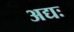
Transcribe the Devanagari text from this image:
अद्यः